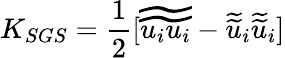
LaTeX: K_{SGS}=\frac{1}{2}[\widetilde{\widetilde{u_{i}u_{i}}}-\widetilde{\widetilde{u}}_{i}\widetilde{\widetilde{u}}_{i}]